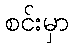
စင်းမှာ